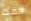
مفك